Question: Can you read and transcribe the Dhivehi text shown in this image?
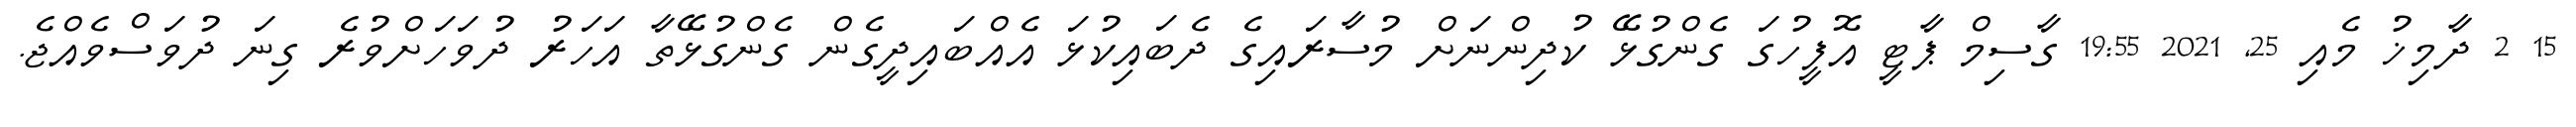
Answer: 15 2 ދާމިޚު މެއި 25, 2021 19:55 ގާސިމް ޕާޓީ އޮފީހުގަ ގެންގުޅޭ ކުދިންނަށް މުސާރައިގެ ދެބައިކުޅަ އެއްބައިދީގެން ގެންގުޅޭތާ އަހަރު ދުވަހަށްވުރެ ގިނަ ދުވަސްވެއްޖެ.